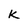
Character: k